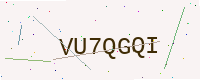
Text: VU7QGQI